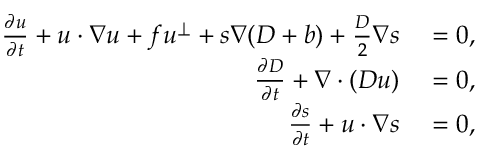
\begin{array} { r l } { \frac { \partial u } { \partial t } + u \cdot \nabla u + f u ^ { \perp } + s \nabla ( D + b ) + \frac { D } { 2 } \nabla s } & { { } = 0 , } \\ { \frac { \partial D } { \partial t } + \nabla \cdot ( D u ) } & { { } = 0 , } \\ { \frac { \partial s } { \partial t } + u \cdot \nabla s } & { { } = 0 , } \end{array}